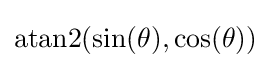
\operatorname {atan2} (\sin(\theta ),\cos(\theta ))